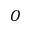
O